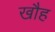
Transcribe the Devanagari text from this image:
खौह